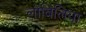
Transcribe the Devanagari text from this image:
लोबिलिया